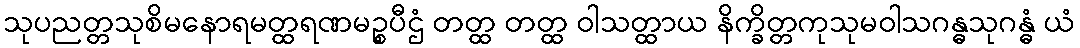
သုပညတ္တသုစိမနောရမတ္ထရဏမဉ္စပီဌံ တတ္ထ တတ္ထ ဝါသတ္ထာယ နိက္ခိတ္တကုသုမဝါသဂန္ဓသုဂန္ဓံ ယံ